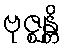
ဗုဇ္ဈန္တိ